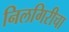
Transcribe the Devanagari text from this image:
निलगिरीचा